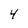
Character: 4